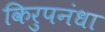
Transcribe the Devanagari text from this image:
किरुपनंधा